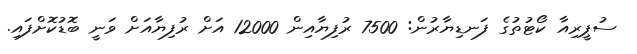
ސުޕީރިއާ ކޯޓުތުގެ ފަނޑިޔާރުން: 7500 ރުފިޔާއިން 12000 އަށް ރުފިޔާއަށް ވަނީ ބޮޑުކޮށްފައި.